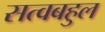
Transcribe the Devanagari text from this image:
सत्वबहुल